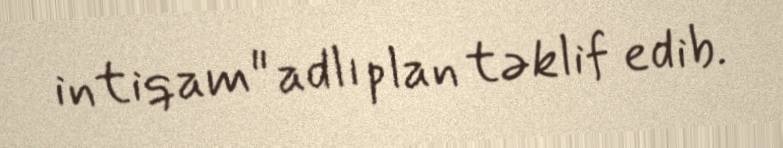
intiqam" adlı plan təklif edib.